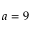
a = 9